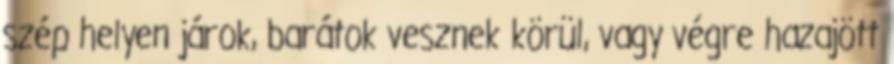
szép helyen járok, barátok vesznek körül, vagy végre hazajött